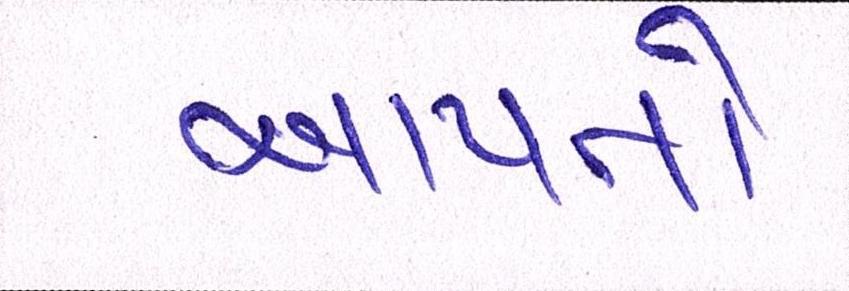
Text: આપતો